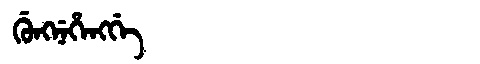
Manchu: ᡤᡠᠩᠨᡝᡥᡝᠩᡤᡝ
Romanization: GUNGNEHENGGE